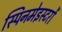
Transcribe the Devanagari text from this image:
स्पिनमेइस्टरों